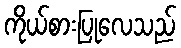
ကိုယ်စားပြုလေသည်